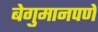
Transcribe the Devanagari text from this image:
बेगुमानपणे